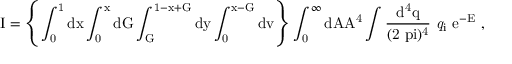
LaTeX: \mathrm { I = \left\{ \int _ { 0 } ^ { 1 } d x \int _ { 0 } ^ { x } d G \int _ { G } ^ { 1 - x + G } d y \int _ { 0 } ^ { x - G } d v \right\} \int _ { 0 } ^ { \infty } d A A ^ { 4 } \int \frac { d ^ { 4 } q } { ( 2 \ p i ) ^ { 4 } } ~ { \it q } _ { i } ~ e ^ { - E } ~ , }